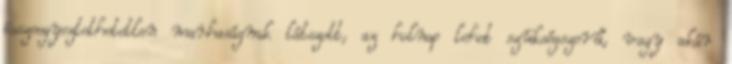
összeegyeztethetetlen marhaságnak látszott, az holnap lehet szükségszerű, vagy akár